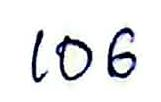
106